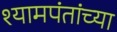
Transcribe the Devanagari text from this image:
श्यामपंतांच्या